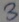
Text: 3